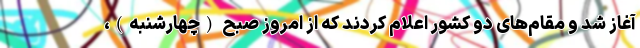
آغاز شد و مقام‌های دو کشور اعلام کردند که از امروز صبح (چهارشنبه)،